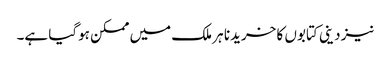
نیز دینی کتابوں کا خریدنا ہر ملک میں ممکن ہوگیا ہے۔